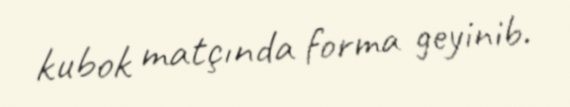
kubok matçında forma geyinib.